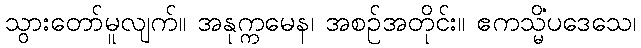
သွားတော်မူလျက်။ အနုက္ကမေန၊ အစဉ်အတိုင်း။ ဧကသ္မိံပဒေသေ၊